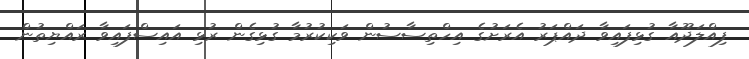
ފިއްލަދޫއާ ގުޅިފައިވާ ދައްޕަރު އެރަށުގެ އިހްތިސާސުން ވަކިކުރުމާ ގުޅިގެން ރުޅި އައިސްފައިވާ ރައްޔިތުން